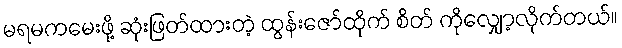
မရမကမေးဖို့ ဆုံးဖြတ်ထားတဲ့ ထွန်းဇော်ထိုက် စိတ် ကိုလျှော့လိုက်တယ်။